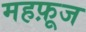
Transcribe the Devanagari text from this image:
महफ़ूज